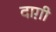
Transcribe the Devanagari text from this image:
दाग़ी